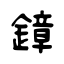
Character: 鏱